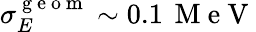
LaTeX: \sigma_{E}^{\mathrm{~g~e~o~m~}}\sim 0.1\, \mathrm{~M~e~V~}